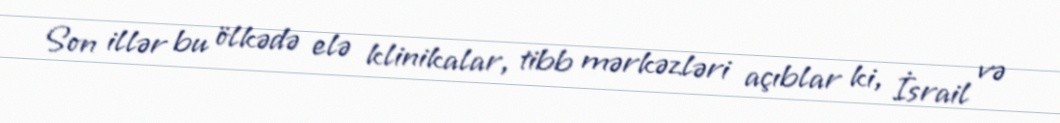
Son illər bu ölkədə elə klinikalar, tibb mərkəzləri açıblar ki, İsrail və